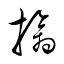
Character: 擒